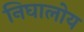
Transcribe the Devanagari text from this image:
निघालोय